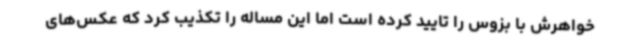
خواهرش با بزوس را تایید کرده است اما این مساله را تکذیب کرد که عکس‌های